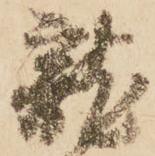
龍